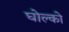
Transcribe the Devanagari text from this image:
घोल्को